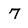
Character: 7